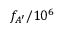
f _ { A ^ { \prime } } / 1 0 ^ { 6 }